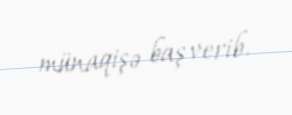
münaqişə baş verib.